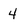
Character: 4